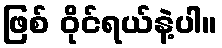
ဖြစ် ဝိုင်ရယ်နဲ့ပါ။